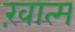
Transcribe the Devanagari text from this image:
ख़ात्म